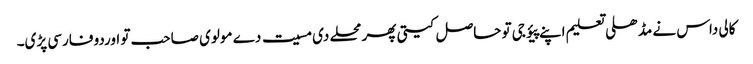
کالی داس نے مڈھلی تعلیم اپنے پیؤ جی تو حاصل کیتی پھر محلے دی مسیت دے مولوی صاحب تو اوردو فارسی پڑی۔